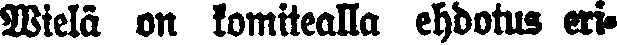
Wielä on komitealla ehdotus eri-